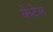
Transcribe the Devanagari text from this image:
केटेल